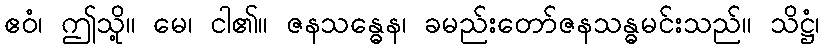
ဧဝံ၊ ဤသို့။ မေ၊ ငါ၏။ ဇနသန္ဓေန၊ ခမည်းတော်ဇနသန္ဓမင်းသည်။ သိဋ္ဌံ၊